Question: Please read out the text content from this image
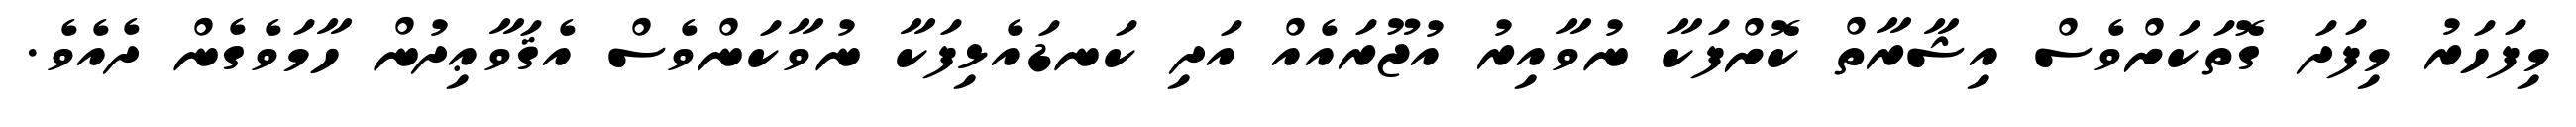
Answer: މިފަހަރު މިފަދަ ގޮތަކަށްވެސް އިޝާރާތް ކޮށްފަކާ ނުވާއިރު އުޖޫރައެއް އަދި ކަނޑައެޅިފަކާ ނުވާކަންވެސް އެޤަވާޢިދުން ހާމަވެގެން ދެއެވެ.